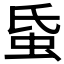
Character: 𧉜